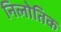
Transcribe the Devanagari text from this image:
निलोतिक